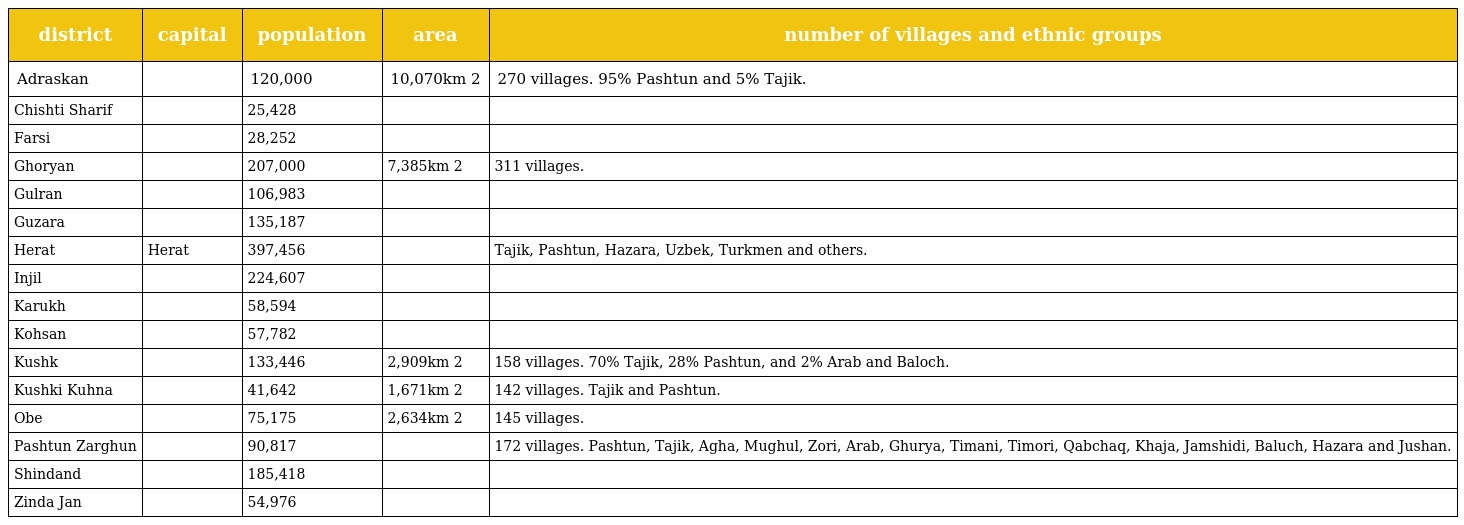
| district | capital | population | area | number of villages and ethnic groups |
 | --- | --- | --- | --- | --- |
 | Adraskan |  | 120,000 | 10,070km 2 | 270 villages. 95% Pashtun and 5% Tajik. |
 | Chishti Sharif |  | 25,428 |  |  |
 | Farsi |  | 28,252 |  |  |
 | Ghoryan |  | 207,000 | 7,385km 2 | 311 villages. |
 | Gulran |  | 106,983 |  |  |
 | Guzara |  | 135,187 |  |  |
 | Herat | Herat | 397,456 |  | Tajik, Pashtun, Hazara, Uzbek, Turkmen and others. |
 | Injil |  | 224,607 |  |  |
 | Karukh |  | 58,594 |  |  |
 | Kohsan |  | 57,782 |  |  |
 | Kushk |  | 133,446 | 2,909km 2 | 158 villages. 70% Tajik, 28% Pashtun, and 2% Arab and Baloch. |
 | Kushki Kuhna |  | 41,642 | 1,671km 2 | 142 villages. Tajik and Pashtun. |
 | Obe |  | 75,175 | 2,634km 2 | 145 villages. |
 | Pashtun Zarghun |  | 90,817 |  | 172 villages. Pashtun, Tajik, Agha, Mughul, Zori, Arab, Ghurya, Timani, Timori, Qabchaq, Khaja, Jamshidi, Baluch, Hazara and Jushan. |
 | Shindand |  | 185,418 |  |  |
 | Zinda Jan |  | 54,976 |  |  |